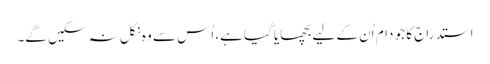
استدراج کا جو دام اُن کے لیے بچھایا گیا ہے، اُس سے وہ نکل نہ سکیں گے۔